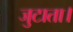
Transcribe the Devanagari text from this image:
जुटाता।